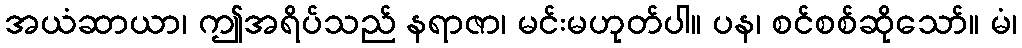
အယံဆာယာ၊ ဤအရိပ်သည် နရာဇာ၊ မင်းမဟုတ်ပါ။ ပန၊ စင်စစ်ဆိုသော်။ မံ၊